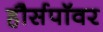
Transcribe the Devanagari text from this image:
हौर्सपॉवर